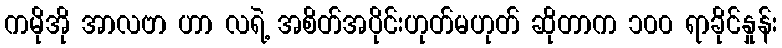
ကမိုအို အာလဗာ ဟာ လရဲ့ အစိတ်အပိုင်းဟုတ်မဟုတ် ဆိုတာက ၁၀၀ ရာခိုင်နှုန်း